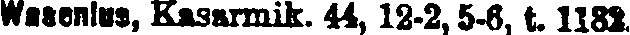
Wasenius, Kasarmik. 44, 12-2, 5-6, t. 1182.